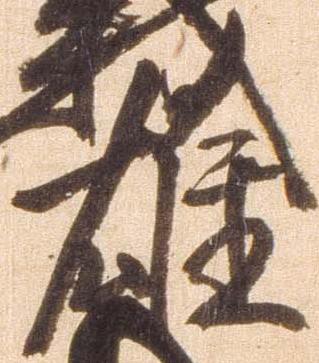
雄